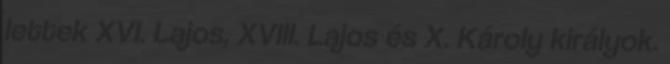
lettek XVI. Lajos, XVIII. Lajos és X. Károly királyok.